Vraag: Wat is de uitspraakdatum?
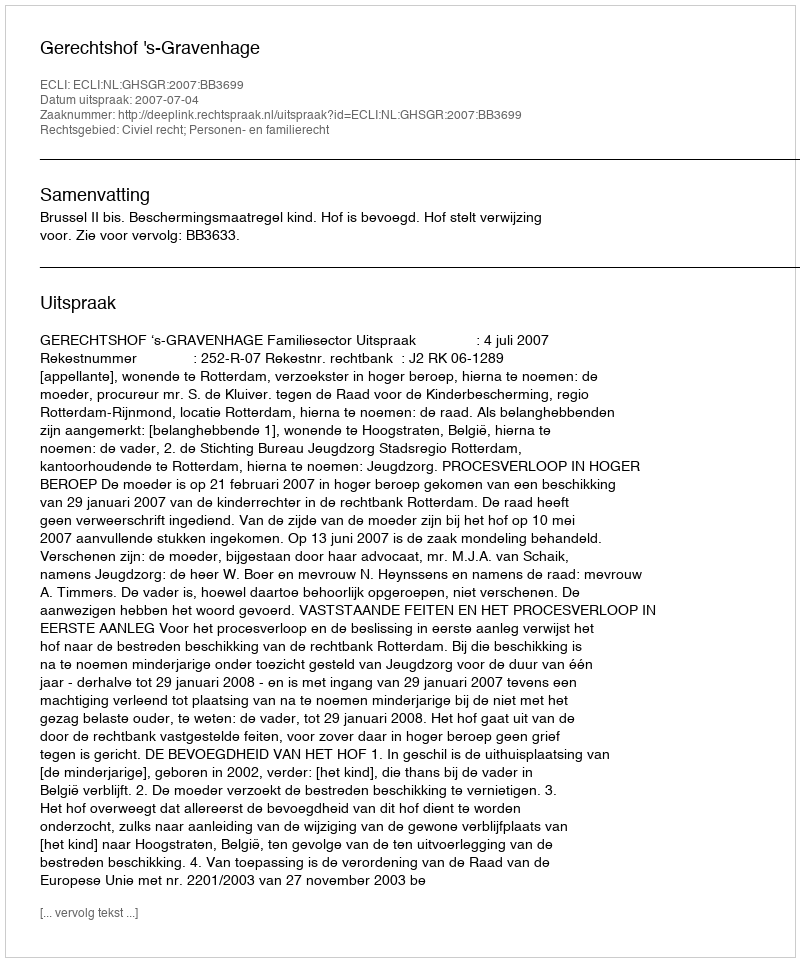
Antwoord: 2007-07-04